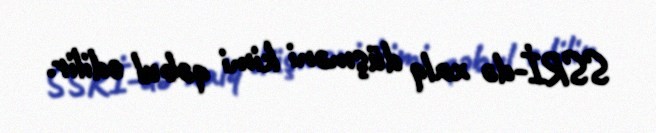
SSRİ-də xalq düşməni kimi qəbul edilir.